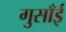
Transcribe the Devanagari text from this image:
गुसाँई